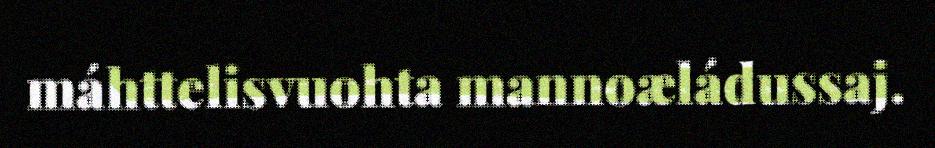
máhttelisvuohta mannoæládussaj.